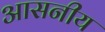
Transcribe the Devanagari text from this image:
आसनीय